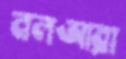
নলআরা